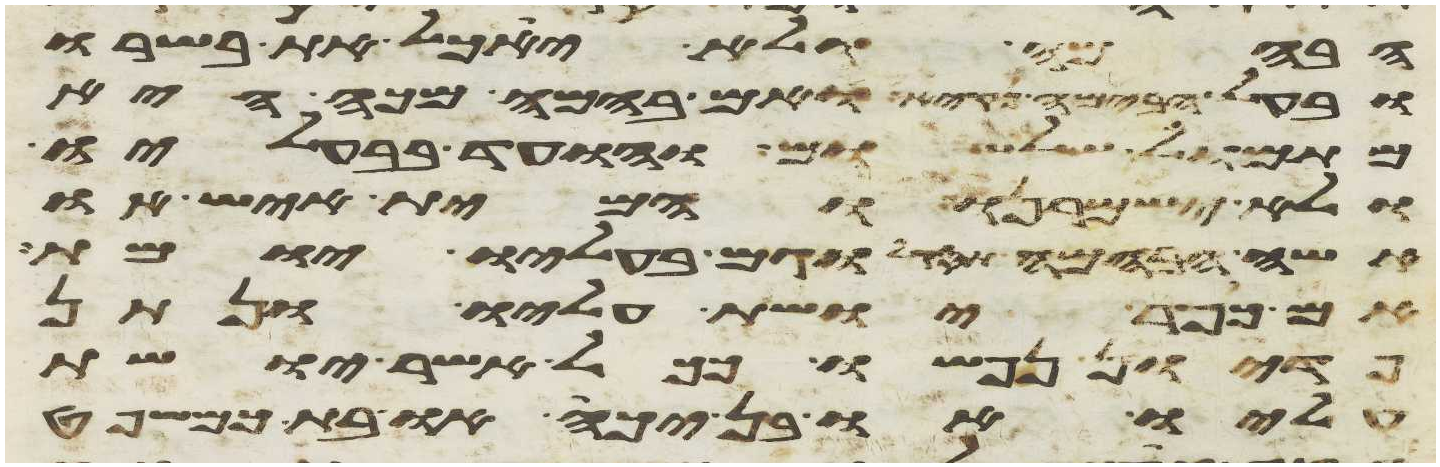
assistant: הבהמה ולא יאכל את בשרו
ובעל הבהמה נקיא ואם בהמה מכה היא
מתמול שלשום והועד בבעליו
ולא ישמרנו והמית איש או
אשה הבהמה תסקל וגם בעליו יומת
אם כופר יושת עליו ונתן
פדיון נפשו ככל אשר יושת
עליו או בן יכה או בת כמשפט